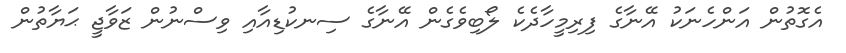
އެގޮތުން އަންހެނަކު އޭނާގެ ފިރިމީހާދެކެ ލޯބިވެގެން އޭނާގެ ސިނކުޑިއާއި ވިސްނުން ޒަވާޖީ ޙަޔާތުން